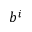
b ^ { i }